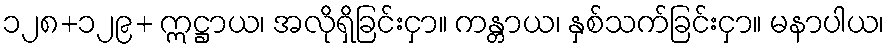
၁၂၈+၁၂၉+ ဣဋ္ဌာယ၊ အလိုရှိခြင်းငှာ။ ကန္တာယ၊ နှစ်သက်ခြင်းငှာ။ မနာပါယ၊